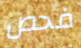
فحص